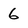
Character: 6